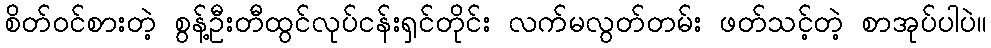
စိတ်ဝင်စားတဲ့ စွန့်ဦးတီထွင်လုပ်ငန်းရှင်တိုင်း လက်မလွတ်တမ်း ဖတ်သင့်တဲ့ စာအုပ်ပါပဲ။